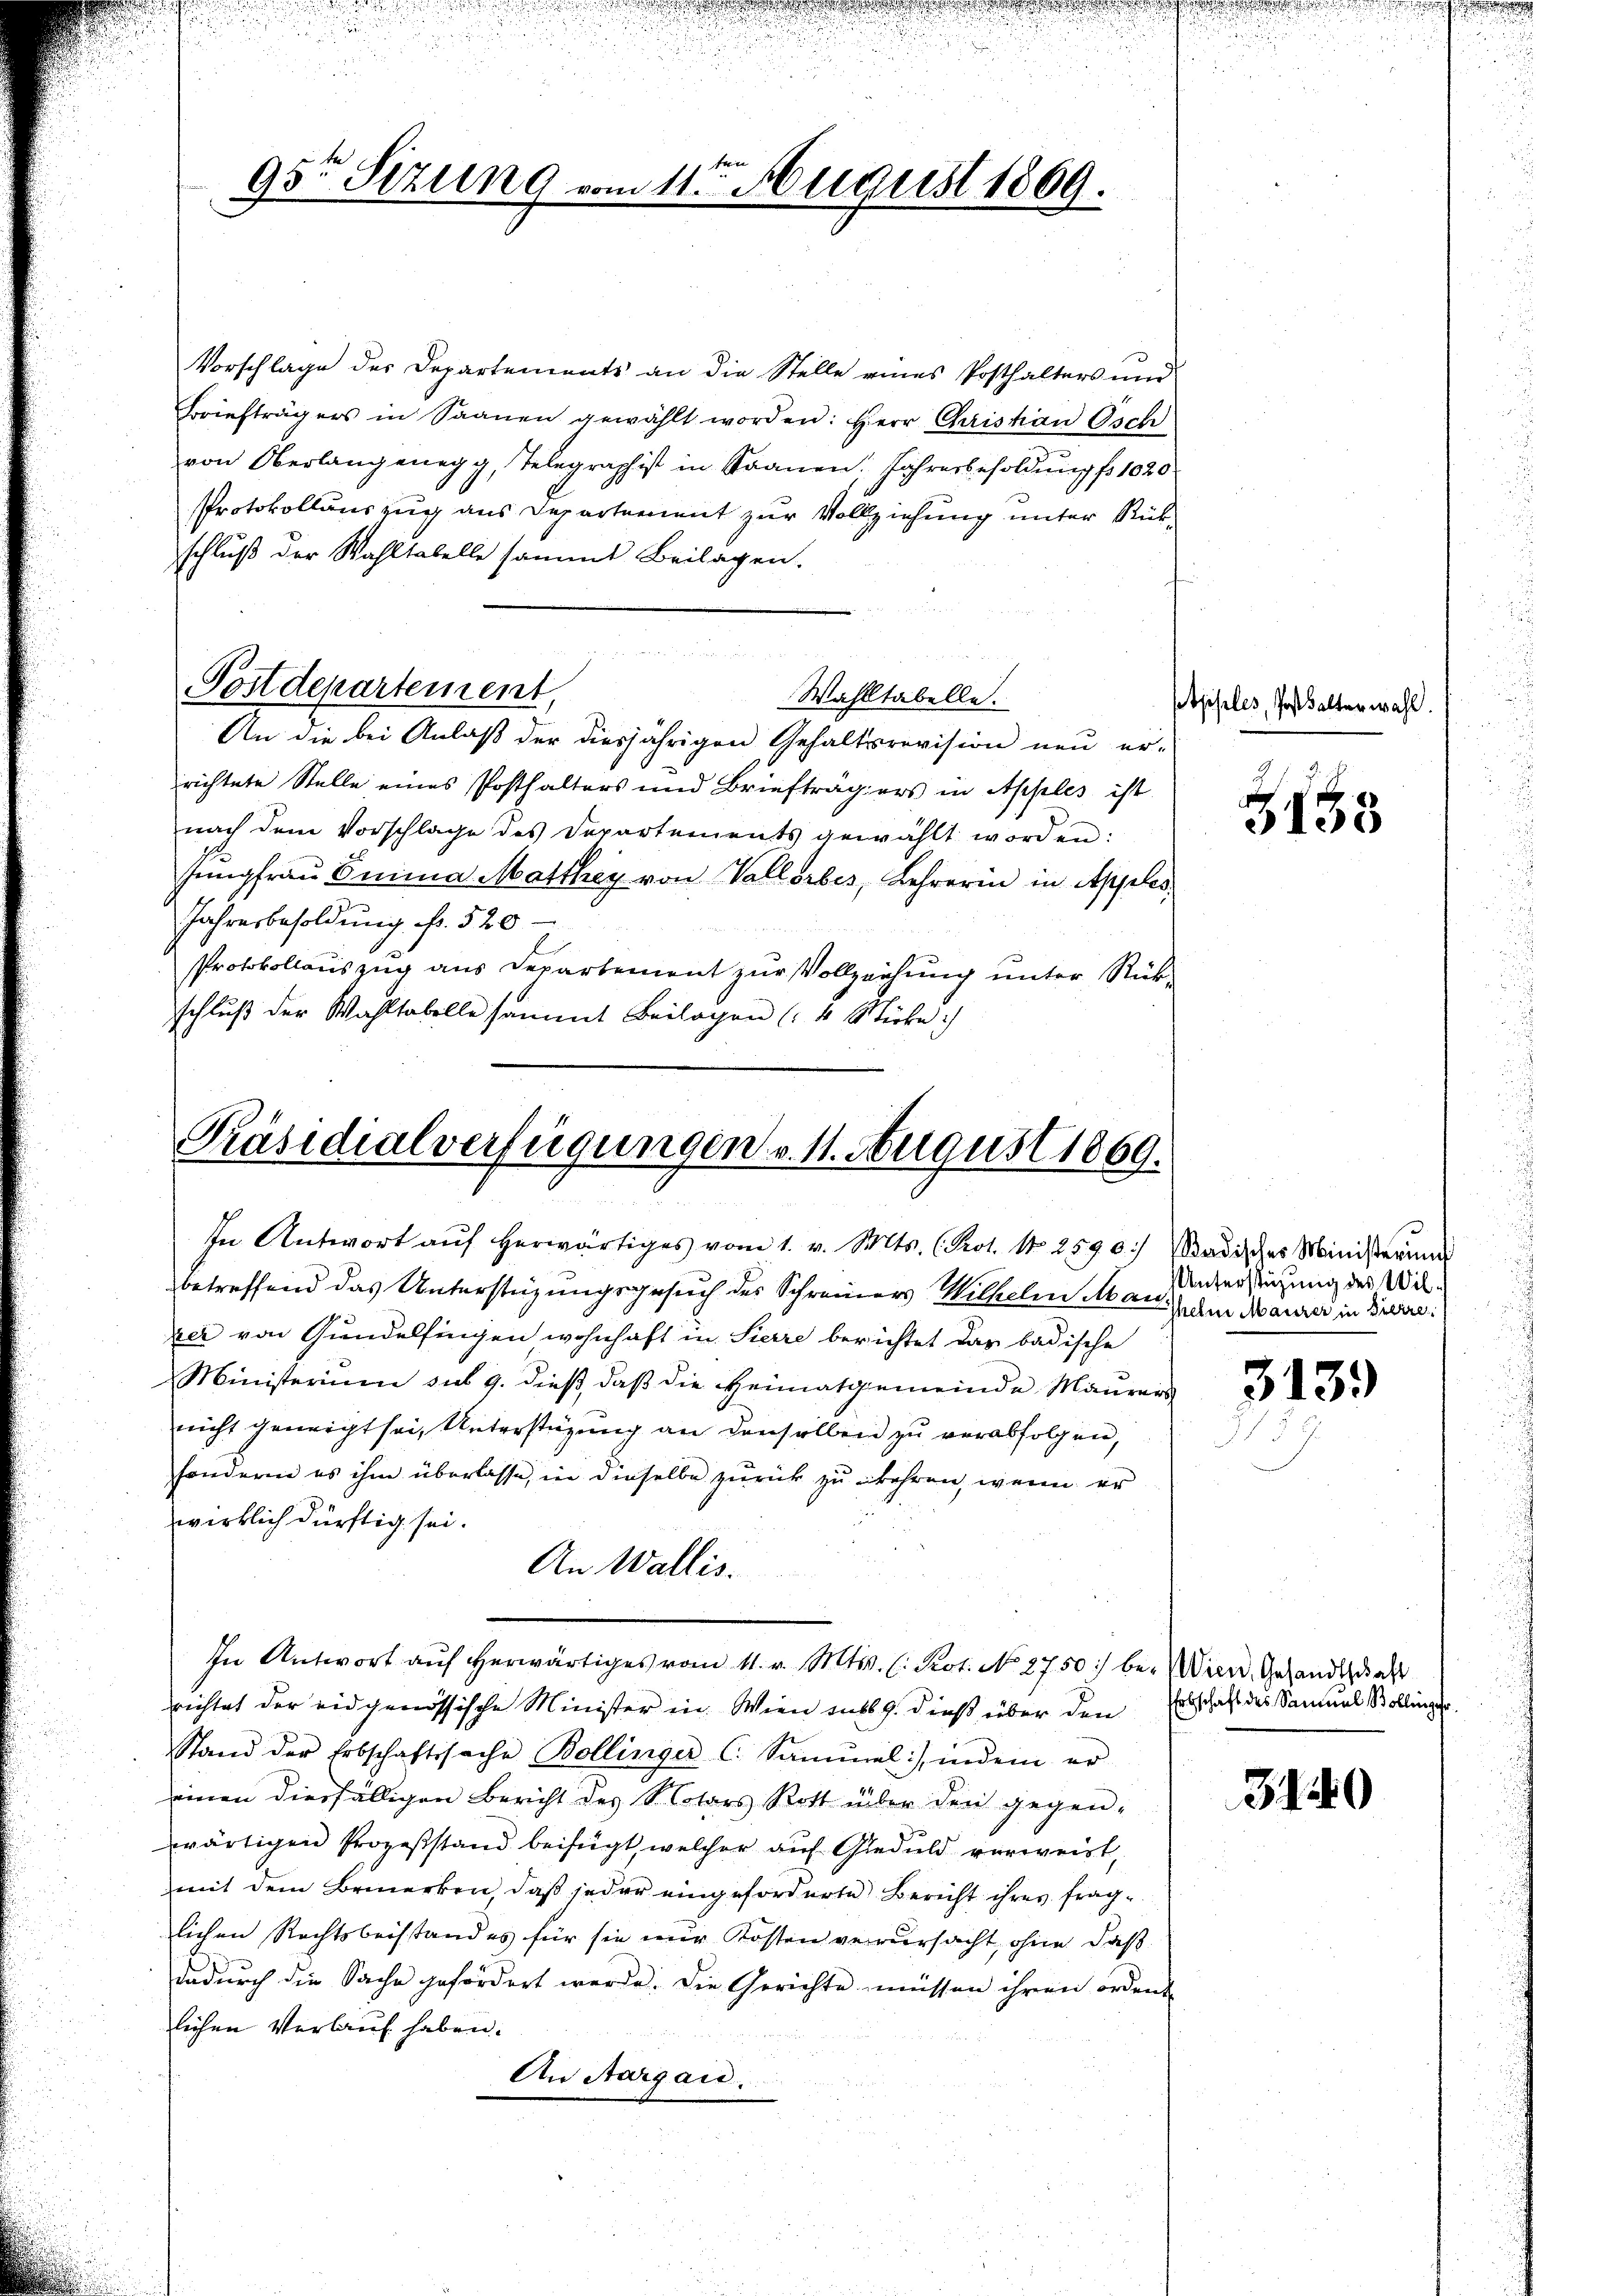
ten
95t Sizung vom 11. August 1869.

Präsidialverfügungen v. 11. August 1869.

In Antwort auf herwärtiges vom 11. v. Mts. (: Prot. No. 2750) be- Wien, Gesandthalt

Vorschlage des Departements an die Stelle eines Posthalters und
Briefträgers in Saanen gewählt worden: Herr Christian Osch
von Oberlangenegg, Telegraphist in Saanen, Jahresbesoldung fo 1020
Protokollauszug aus Departement zur Vollziehung unter Rückschluß der Wahltabelle sammt Beilagen.
 eben
Postdepartement,
Wahltabelle.
An die bei Anlaß der diesjährigen Gehaltsrevision neu er-
richtete Stelle eines Posthalters und Briefträgers in Apples ist
nach dem Vorschlage des Departements gewählt worden:
Jungfrau Emina Matthey von Vallorbes, Lehrerin in Apples
Jahresbesoldung fr. 520.
Protokollauszug aus Departement zur Vollzeichung unter Rückschluß der Wahltabelle sammt Beilagen (4 Wirke :/

betreffend das Unterstüzungsgesuch des Schreiners Wilhelm Man iden Maurer in Bierre
zer von Gundelfingen wohnhaft in Sierre berichtet das badische
Ministerium sus 9. dieß, daβ die Heimatgemeinde Maurers
nicht geneigt sei, Unterstüzung an denselben zu verabfolgen,
sondern es ihm überlasse, in dieselbe zurück zu kehren, wenn er
wirklich dürftig sei.
An Wallis.
richtet der eidgenössische Minister in Wien sub 9. dieß über den Erbschaft des Samuel Bollings
Stand der Erbschaftssache Bollinger C. Sammel, indem er
einen diesfälligen Bericht des Notars Rott über den gegen-
wärtigen Prozesstand beifügt, welcher auf Geduld verweist,
mit dem Bemerken, daß jeder eingeforderte Bericht ihres fraglichen Rechtsbeistand es für sie nur Kosten verursacht, ohne daß
dadŭrch die Sache gefördert werde. Die Gerichte müssen ihren orden
lichen Verlauf haben.
An Aargau.

In Antwort aŭf herwärtiges vom 1. v. Mts. (Kot. 11. 2590. Badisches Ministerung

Ptpples, Post balterwahl.

G135

Unterstüzung des Wil¬

3139

3140